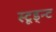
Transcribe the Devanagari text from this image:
स्टूड्न्ट